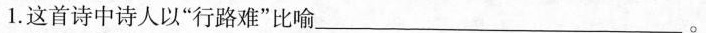
1.这首诗中诗人以”行路难”比喻___，___。